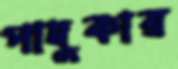
পাদুকার